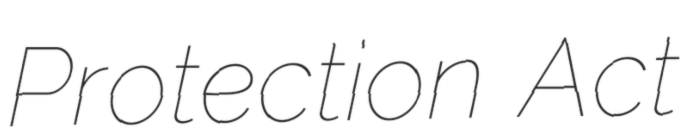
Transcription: Protection Act